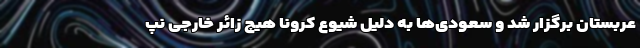
عربستان برگزار شد و سعودی‌ها به دلیل شیوع کرونا هیچ زائر خارجی نپ